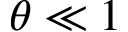
\theta \ll 1